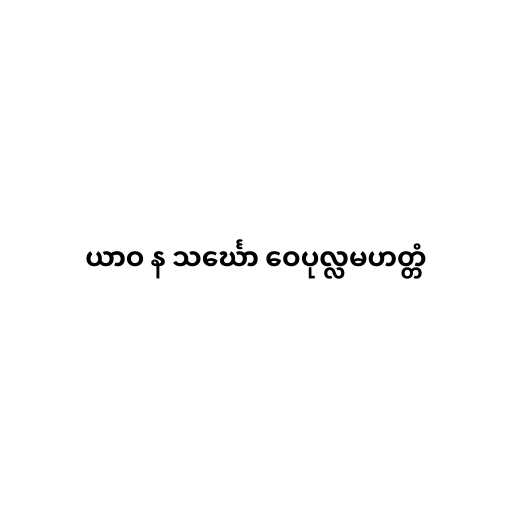
ယာဝ န သင်္ဃော ဝေပုလ္လမဟတ္တံ